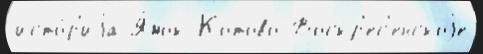
исто́р'иjа Я́мок Котово Воскр'ес'енскоjе